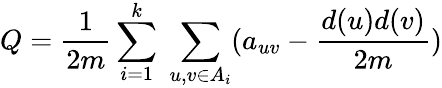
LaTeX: Q=\frac{1}{2m}\sum_{i=1}^{k}\; \sum_{u,v\in A_{i}}(a_{uv}-\frac{d(u)d(v)}{2m})